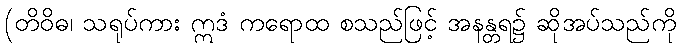
(တိဝိဓ၊ သရုပ်ကား ဣဒံ ကရောထ စသည်ဖြင့် အနန္တရ၌ ဆိုအပ်သည်ကို